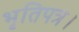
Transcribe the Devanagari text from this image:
भृतिपत्र।